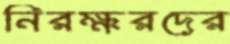
নিরক্ষরদের